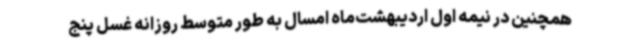
همچنین در نیمه اول اردیبهشت‌ماه امسال به طور متوسط روزانه غسل پنج